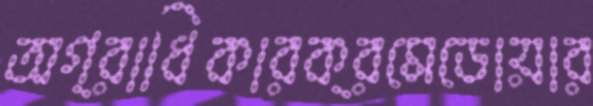
অগ্রাধিকারক্রমেডোয়ার